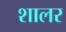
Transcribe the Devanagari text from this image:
शालर